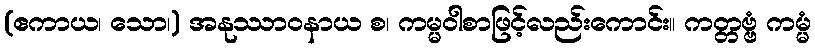
(ဧကာယ၊ သော၊) အနုဿာဝနာယ စ၊ ကမ္မဝါစာဖြင့်လည်းကောင်း။ ကတ္တဗ္ဗံ ကမ္မံ